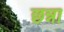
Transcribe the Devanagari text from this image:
छन्ना